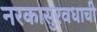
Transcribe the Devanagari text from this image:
नरकासुरवधाची